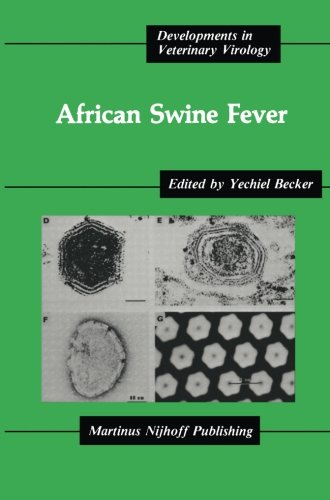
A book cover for African Swine Fever (Developments in Veterinary Virology); Medical Books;